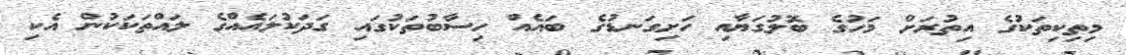
މިތިކިތަކުގެ އިތުރަށް މަހުގެ ބޮލުގަޔާއި ހަށިގަނޑުގެ ބައެއް ހިސާބުތަކުގައި ގަދަކުލައެއްގެ ލައްތަކަކުން އެކި